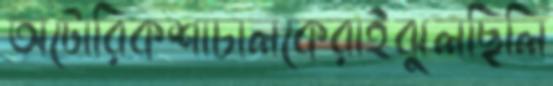
অটোরিকশাচালকেরাইঝুলছিলি